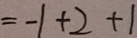
= - 1 + 2 + 1